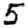
Digit: 5